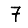
Digit: 7